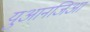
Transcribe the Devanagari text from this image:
युआनजिआ